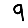
Digit: 9